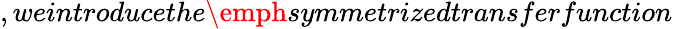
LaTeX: ,weintroducethe\emph{symmetrized}transferfunction